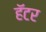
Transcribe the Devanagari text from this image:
हॅटर